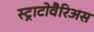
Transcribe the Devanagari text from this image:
स्ट्राटोवैरिअस